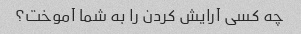
چه کسی آرایش کردن را به شما آموخت؟